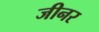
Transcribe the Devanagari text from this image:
जीनर